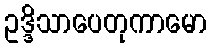
ဥဒ္ဒိသာပေတုကာမော